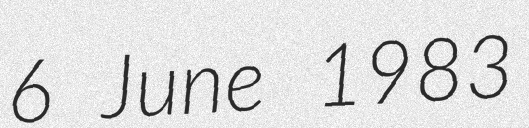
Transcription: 6 June 1983